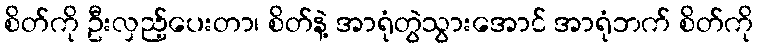
စိတ်ကို ဦးလှည့်ပေးတာ၊ စိတ်နဲ့ အာရုံတွဲသွားအောင် အာရုံဘက် စိတ်ကို